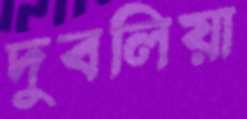
দুবলিয়া